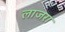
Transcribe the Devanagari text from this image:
लाजरा